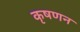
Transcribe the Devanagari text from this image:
कृषणन